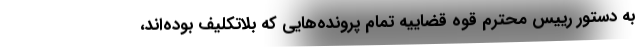
به دستور رییس محترم قوه قضاییه تمام پرونده‌هایی که بلاتکلیف بوده‌اند،